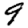
Digit: 9